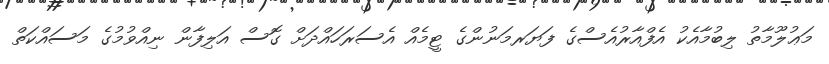
މަޢުލޫމާތު ލިބުމާއެކު އެފްއާރުއެސްގެ ފަޔަރމަނުންގެ ޓީމެއް އެސަރަހައްދަށް ގޮސް އަލިފާން ނިއްވުމުގެ މަސައްކަތް